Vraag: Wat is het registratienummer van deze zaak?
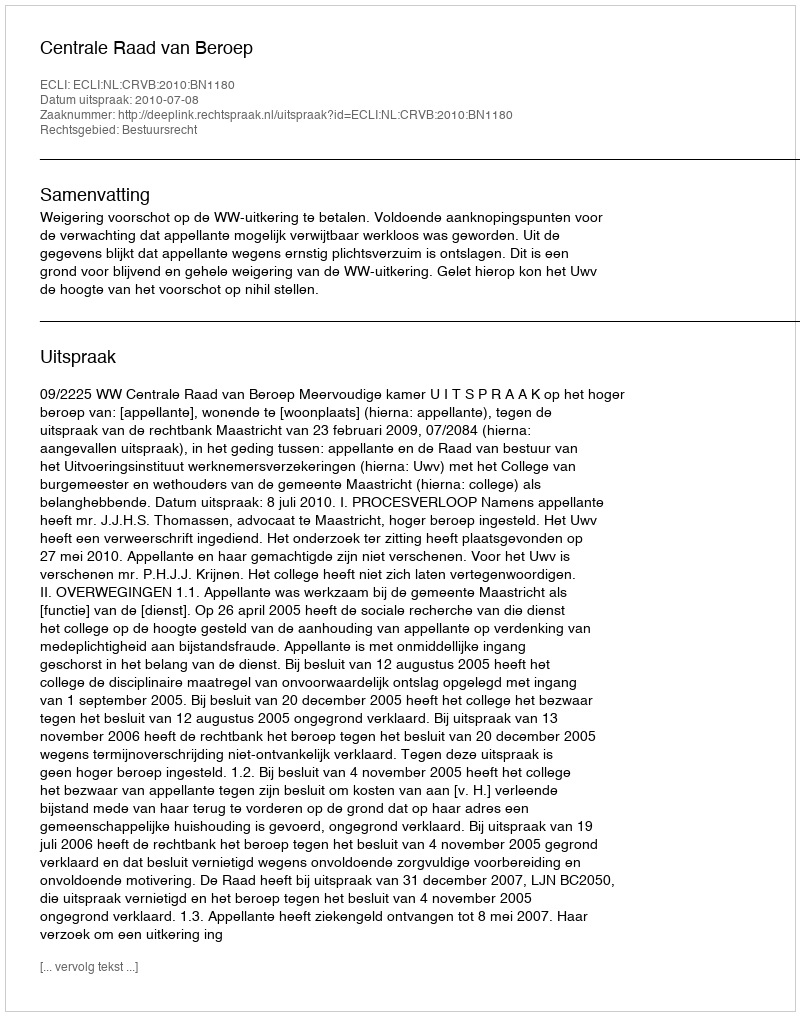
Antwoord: http://deeplink.rechtspraak.nl/uitspraak?id=ECLI:NL:CRVB:2010:BN1180